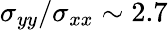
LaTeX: \sigma_{yy}/\sigma_{xx}\sim 2.7